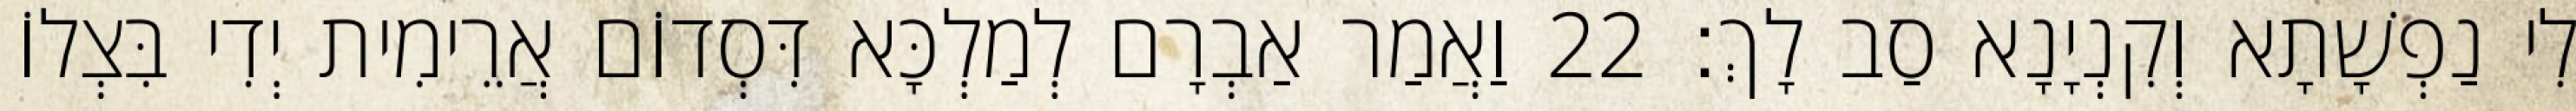
לִי נַפְשָׁתָא וְקִנְיָנָא סַב לָךְ׃ 22 וַאֲמַר אַבְרָם לְמַלְכָּא דִּסְדוֹם אֲרֵימִית יְדִי בִּצְלוֹ